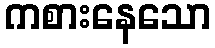
ကစားနေသော